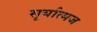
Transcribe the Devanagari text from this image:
सूर्यात्मज